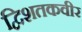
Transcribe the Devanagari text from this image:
द्विशतकवीर